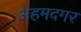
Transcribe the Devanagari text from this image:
अहमदगर